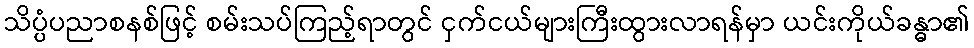
သိပ္ပံပညာစနစ်ဖြင့် စမ်းသပ်ကြည့်ရာတွင် ငှက်ငယ်များကြီးထွားလာရန်မှာ ယင်းကိုယ်ခန္ဓာ၏